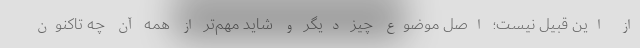
از این قبیل نیست؛ اصل موضوع چیز دیگر و شاید مهم‌تر از همه آن چه تاکنون